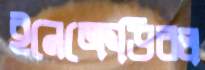
ইনেক্রেডিবল